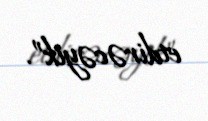
etdirəcəyik”.